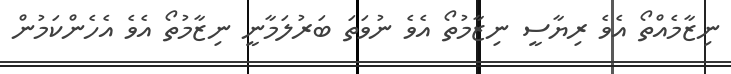
ނިޒާމެއްތޯ އެވެ ރިޔާސީ ނިޒާމުތޯ އެވެ ނުވަތަ ބަރުލަމާނީ ނިޒާމުތޯ އެވެ އެހެންކަމުން